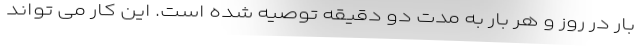
بار در روز و هر بار به مدت دو دقیقه توصیه شده است. این کار می تواند